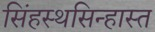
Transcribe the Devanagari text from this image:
सिंहस्थसिन्हास्त